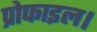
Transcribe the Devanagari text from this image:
प्रोफाइल।